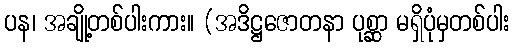
ပန၊ အချို့တစ်ပါးကား။ (အဒိဋ္ဌဇောတနာ ပုစ္ဆာ မရှိပုံမှတစ်ပါး